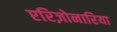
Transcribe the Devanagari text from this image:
एरिज़ोनारिया